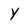
Character: Y